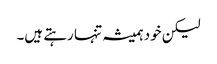
لیکن خود ہمیشہ تنہا رہتے ہیں۔